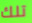
تلك